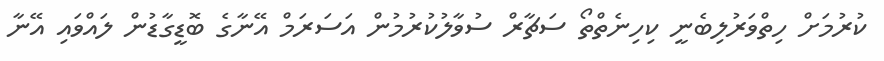
ކުރުމަށް ހިތްވަރުލިބެނީ ކިހިނެތްތޯ ސަޗާރް ސުވާލުކުރުމުން އަސަރަމް އޭނާގެ ބޮޑީގާޑުން ލައްވައި އޭނާ